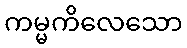
ကမ္မကိလေသော